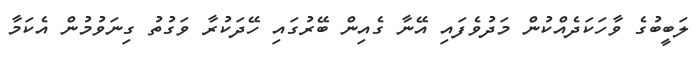
ލަބީބުގެ ވާހަކަދެއްކުން މަދުވެފައި އޭނާ ގެއިން ބޭރުގައި ހޭދަކުރާ ވަގުތު ގިނަވުމުން އެކަމާ